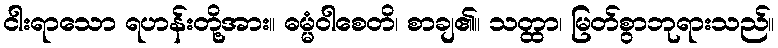
ငါးရာသော ရဟန်းတို့အား။ ဓမ္မံဝါစေတိ၊ စာချ၏။ သတ္ထာ၊ မြတ်စွာဘုရားသည်။